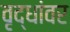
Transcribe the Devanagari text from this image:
वृद्धांवर